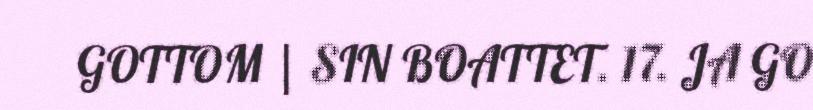
GOTTOM | SIN BOATTET. 17. JA GO